Veterinary regulations India, 1925 -
Year: 1925
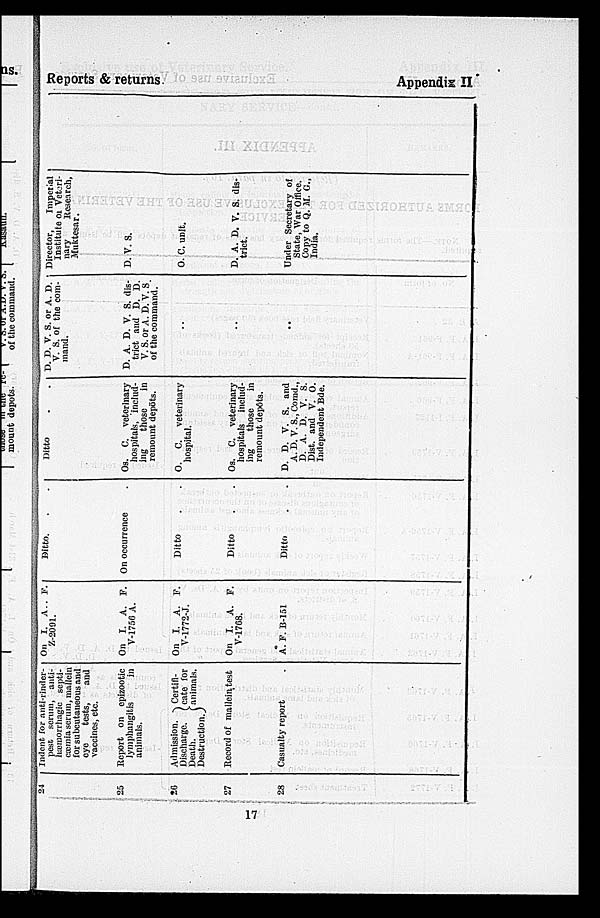
Reports & returns.
Appendix II
24
25
20
27
28
Indent for anti-rinder-
pest serum, anti¬
hæmorrhagic septi-
cæmia serum, mallein
for subcutaneous and
cye
tests,
and
vaccines, etc.
Report on epizootic
lymphangitis
in
animals.
Admission.
Ceitifi¬
Discharge. (cate for
Death.
(animals.
Destruction
Record of mallein test
Casualty report .
On I. A. . F.
Z-2091.
On I. A. F.
V-1756 A.
On I. A. F.
V-1772-J.
On I. A. F.
V-1768.
A. F. B-151
Ditto. . .
On occurrence .
Ditto . .
Ditto . .
Ditto . .
Ditto
.
.
Os. C. veterinary
hospitals, includ-
ing
those
in
remount depots.
O.
C.
veterinary
hospital.
Os. C. veterinary
hospitals
includ-
ing
those
in
remount depôts.
D. D. V. S. and
A. D. V. S., Comd.,
D. A. D. V. S.
Dist. and V. O.
Independent Bde.
D. D. V. S. or A. D.;
V. S. of the com-
mand.
D. A. D. V. S. dis-
trict and D. D.
V. S. or A. D. V. S.
of the command.
..
..
..
Director,
Imperial
Institute of Veteri¬
nary Research,
Muktesar.
D. V. S.
O. C. unit.
D. A. D. V. S. dis-
trict.
Under Secretary of
State, War Office.
Copy to Q. M. C.,
India.
17